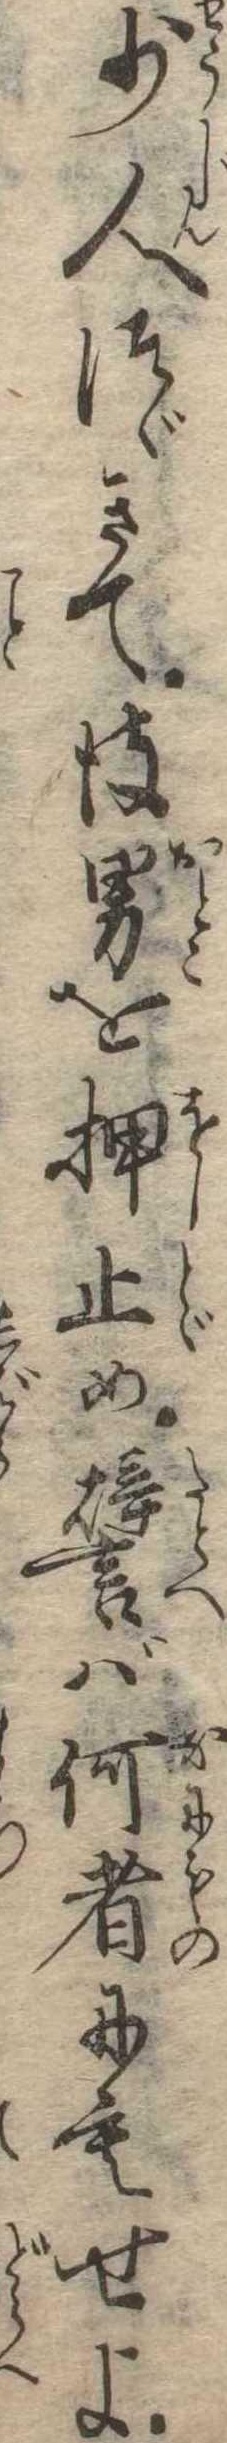
少人つゞきて彼男を押止め譬ば何者にもせよ